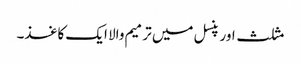
مثلث اور پنسل میں ترمیم والا ایک کاغذ۔